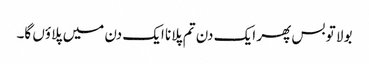
بولا تو بس پھر ایک دن تم پلانا ایک دن میں پلاؤں گا۔